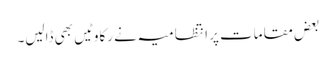
بعض مقامات پر انتظامیہ نے رکاوٹیں بھی ڈالیں۔